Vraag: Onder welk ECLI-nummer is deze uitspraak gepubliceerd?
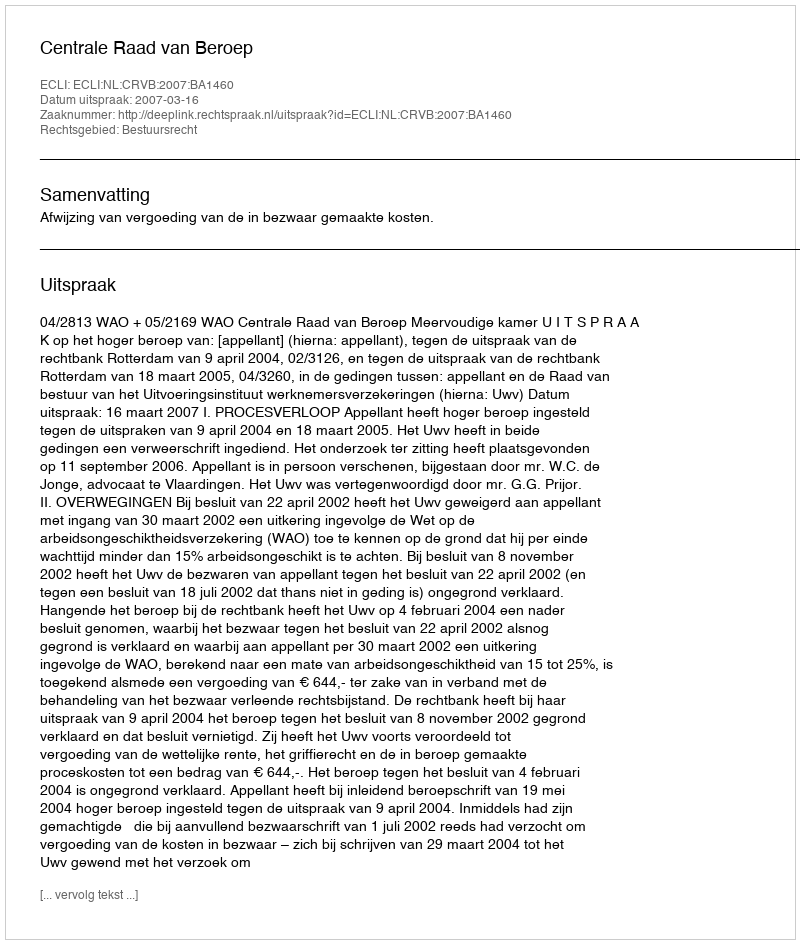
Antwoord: ECLI:NL:CRVB:2007:BA1460